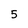
Character: 5